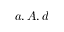
a , A , d